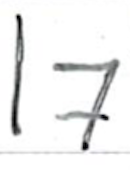
Text: 17
Cross-out: clean
Writing tool: ballpoint